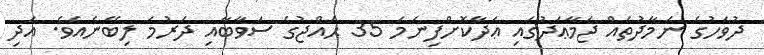
ދުވަހުގެ ނަމާދުތައް ޖަމާޢަދުގައި ޢަދާކޮށްފިނަމަ 35 ޙައްޖުގެ ސަވާބާއި ދަރުމަ ލިބޭނެއެވެ. އަދި